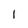
Character: l